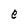
Character: e